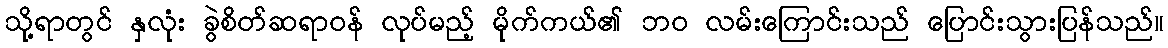
သို့ရာတွင် နှလုံး ခွဲစိတ်ဆရာဝန် လုပ်မည့် မိုက်ကယ်၏ ဘဝ လမ်းကြောင်းသည် ပြောင်းသွားပြန်သည်။